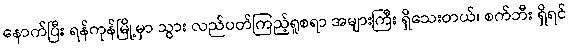
နောက်ပြီး ရန်ကုန်မြို့မှာ သွား လည်ပတ်ကြည့်ရူစရာ အများကြီး ရှိသေးတယ်၊ စက်ဘီး ရှိရင်